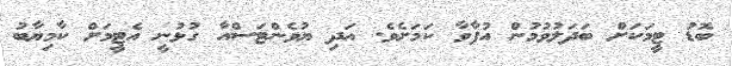
ބޮޑު ޓީމަކަށް ބަދަލުވުމުން އުފާވާ ކަމަށެވެ. އަދި ޔުވެންޓަސްއާ ގުޅުނީ އެޓީމަށް ކާމިޔާބު